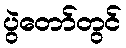
ပွဲတော်တွင်